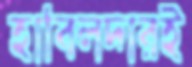
হাবিলদারই